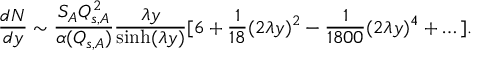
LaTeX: \frac { d N } { d y } \sim \frac { S _ { A } Q _ { s , A } ^ { 2 } } { \alpha ( Q _ { s , A } ) } \frac { \lambda y } { \sinh ( \lambda y ) } [ 6 + \frac { 1 } { 1 8 } ( 2 \lambda y ) ^ { 2 } - \frac { 1 } { 1 8 0 0 } ( 2 \lambda y ) ^ { 4 } + \dots ] .